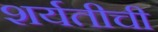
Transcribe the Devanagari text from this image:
शर्यतीची